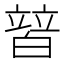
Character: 𤾕